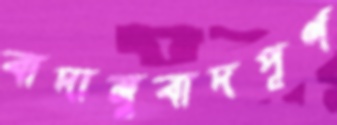
বাদানুবাদপূর্ণ